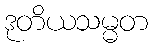
ဒုတိယသမ္မတ